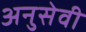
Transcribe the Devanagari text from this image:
अनुसेवी